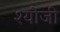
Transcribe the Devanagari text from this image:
श्योजी